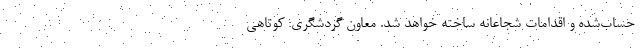
حساب‌شده و اقدامات شجاعانه‌ ساخته خواهد شد. معاون گردشگری: کوتاهی